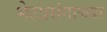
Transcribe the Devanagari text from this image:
भेटप्रसंगाच्या